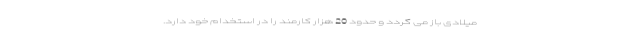
میلادی باز می گردد و حدود 20 هزار کارمند را در استخدام خود دارد.